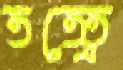
তত্ত্বে